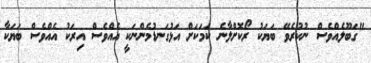
"ގަބޫލެއްވެސް ނުކުރެވޭ ބަޔަކު ރޯކޮށްލާނެ ކަމަކަށް އަޅުގަނޑުމެންނަކީ އެއްވެސް އިރަކު އެއްވެސް ބަޔަކާ